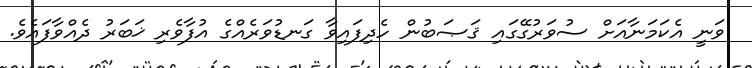
ވަނީ އެކަމަނާއަށް ސުވަރުގޭގައި ޤަޞަބުން ހެދިފައިވާ ގަނޑުވަރެއްގެ އުފާވެރި ޚަބަރު ދެއްވާފައެވެ.